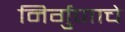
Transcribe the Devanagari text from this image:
निर्गुणाचे